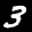
Label: 3